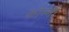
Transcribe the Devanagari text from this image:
कोम्मी